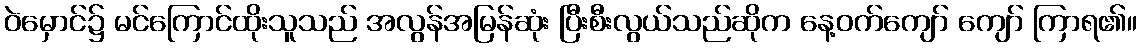
ဝဲမှောင်၌ မင်ကြောင်ထိုးသူသည် အလွန်အမြန်ဆုံး ပြီးစီးလွယ်သည်ဆိုက နေ့ဝက်ကျော် ကျော် ကြာရ၏။